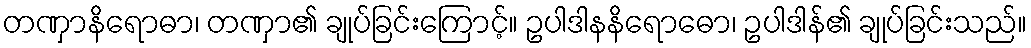
တဏှာနိရောဓာ၊ တဏှာ၏ ချုပ်ခြင်းကြောင့်။ ဥပါဒါနနိရောဓော၊ ဥပါဒါန်၏ ချုပ်ခြင်းသည်။